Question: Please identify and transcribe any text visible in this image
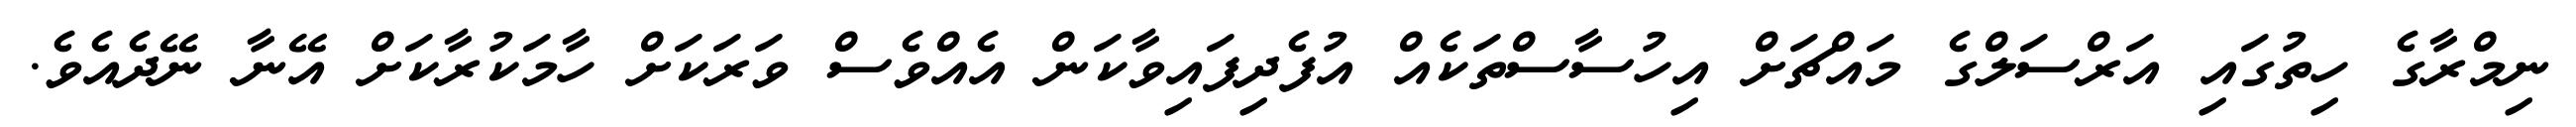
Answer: ނިމްރާގެ ހިތުގައި އަރްސަލްގެ މައްޗަށް އިހުސާސްތަކެއް އުފެދިފައިވާކަން އެއްވެސް ވަރަކަށް ހާމަކުރާކަށް އޭނާ ނޭދެއެވެ.